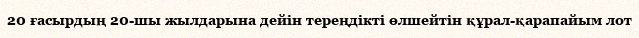
20 ғасырдың 20-шы жылдарына дейін тереңдікті өлшейтін құрал-қарапайым лот